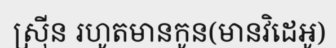
ស្រ៊ីន រហូតមានកូន(មានវិដេអូ)